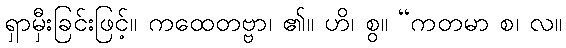
ရှာမှီးခြင်းဖြင့်။ ကထေတဗ္ဗာ၊ ၏။ ဟိ၊ စွ။ “ကတမာ စ၊ လ။